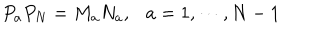
LaTeX: P _ { a } P _ { N } = M _ { a } N _ { a } , \ \ \ a = 1 , \cdots , N - 1